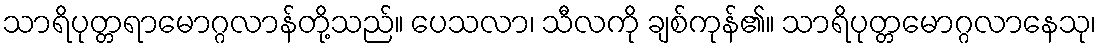
သာရိပုတ္တရာမောဂ္ဂလာန်တို့သည်။ ပေသလာ၊ သီလကို ချစ်ကုန်၏။ သာရိပုတ္တမောဂ္ဂလာနေသု၊